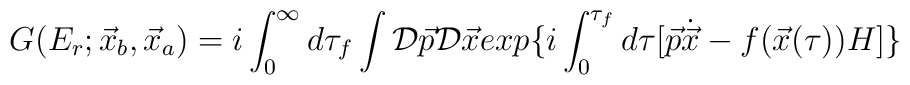
G(E_{r};\vec{x}_{b},\vec{x}_{a}) = i\int_{0}^{\infty} d\tau_{f} \int {\cal D}\vec{p}{\cal D}\vec{x} exp\{ i\int_{0}^{\tau_{f}} d\tau [ \vec{p}\dot{\vec{x}} - f(\vec{x}(\tau))H ]\}